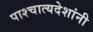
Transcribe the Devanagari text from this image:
पाश्चात्यदेशांनी